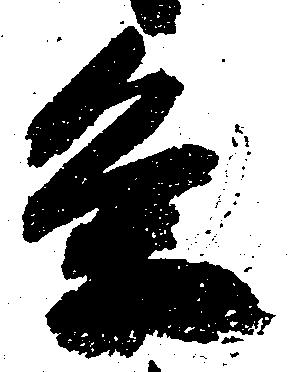
条